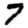
Digit: 7